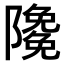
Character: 𨽊